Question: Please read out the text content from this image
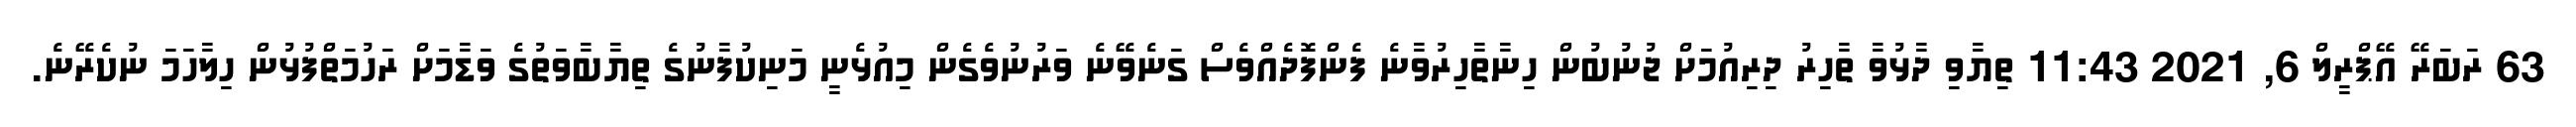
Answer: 63 ރަބަރޭ އޭޕްރީލް 6, 2021 11:43 ތިޔާވި ދާޅުވާ ތާހިރު ދިރިއުމަށް ޖުނުބުން ހިނާތާހިރުވާނެ ފެންފޮދެއްވެސް ގަނެވޭނެ ވަރުނުވެގެން މިއުޅެނީ މަނިކުފާނުގެ ތިޔާބާވަތުގެ ވަޑާމަށް ރަހުމަތްފުޅުން ހިލާހަމަ ނުކެރޭނެ.